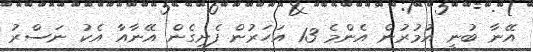
އޭނާ ބުނީ އުމުރުން އެންމެ 13 އަހަރުން ފެށިގެން އޭނާއާ އެކު ނަސްރު